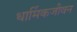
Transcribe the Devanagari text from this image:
धार्मिकजीवन